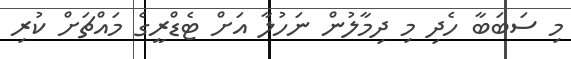
މި ސަބަބާ ހެދި މި ދިމާލުން ނަހުލާ އަށް ޓެޑްރީގެ މައްޗަށް ކުރި